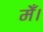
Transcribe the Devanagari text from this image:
मेँ।